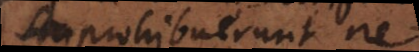
prohibuerunt ne